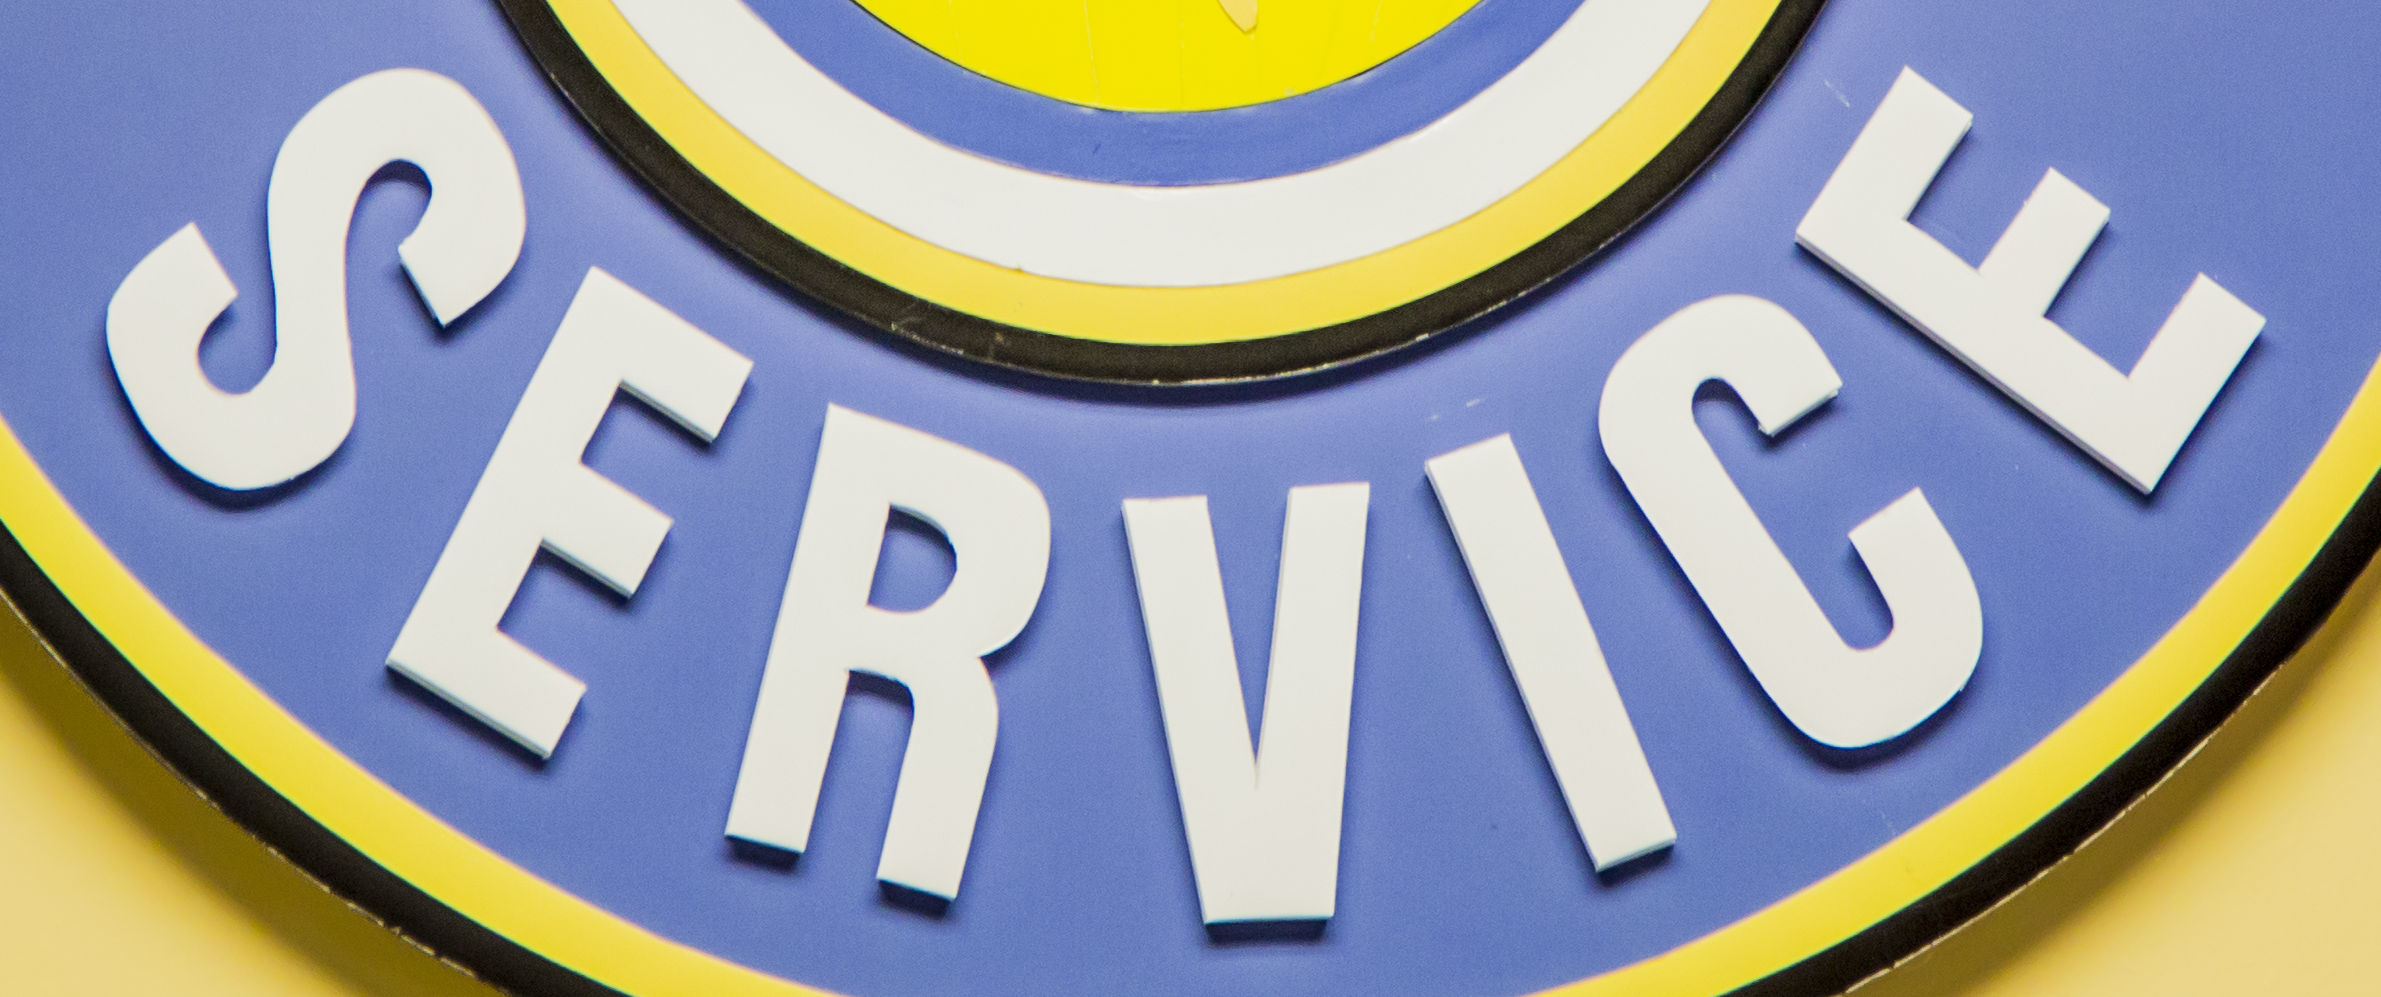
SERVICE